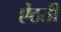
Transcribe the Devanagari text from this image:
ऐंठती